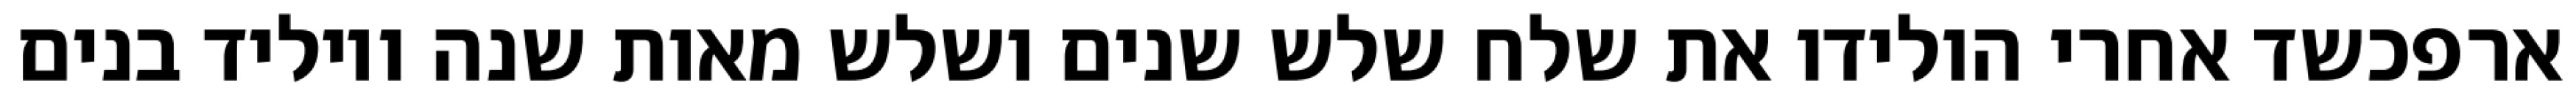
ארפכשד אחרי הולידו את שלח שלש שנים ושלש מאות שנה ויוליד בנים